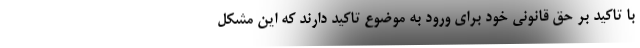
با تاکید بر حق قانونی خود برای ورود به موضوع تاکید دارند که این مشکل